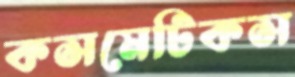
কসমেটিকস